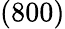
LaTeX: (800)